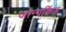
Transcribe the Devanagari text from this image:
जान्गकिंड